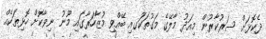
ދެކޮޅަށް ސަރުކާރުން މިއަދު މާލޭގެ މަގުތަކުަގއި ބޭއްވި މުޒާހަރާގައި މޫނު ނިވާކޮށް ހޮޅިތަކެއް